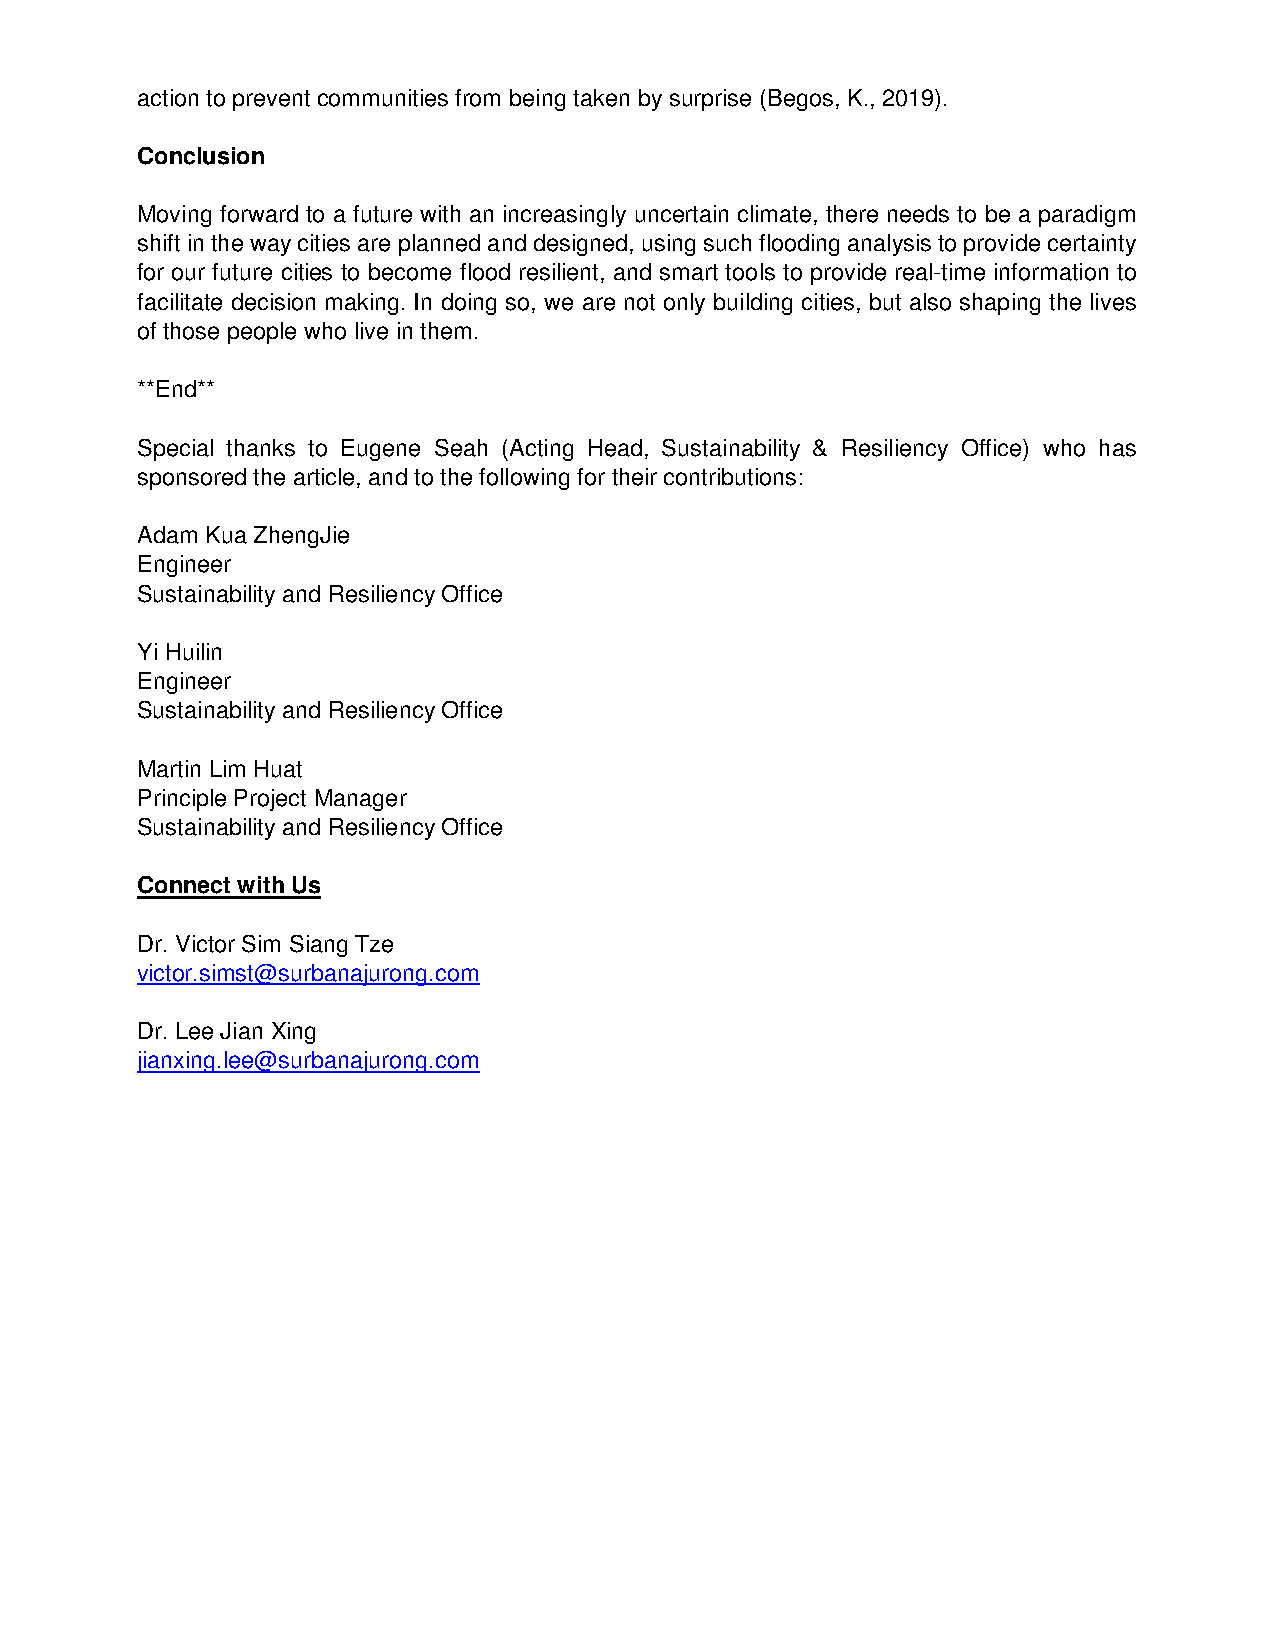
action to prevent communities from being taken by surprise (Begos, K., 2019).
 Conclusion
 Moving forward to a future with an increasingly uncertain climate, there needs to be a paradigm
 shift in the way cities are planned and designed, using such flooding analysis to provide certainty
 for our future cities to become flood resilient, and smart tools to provide real-time information to
 facilitate decision making. In doing so, we are not only building cities, but also shaping the lives
 of those people who live in them.
 **End**
 Special thanks to Eugene Seah (Acting Head, Sustainability & Resiliency Office) who has
 sponsored the article, and to the following for their contributions:
 Adam Kua ZhengJie
 Engineer
 Sustainability and Resiliency Office
 Yi Huilin
 Engineer
 Sustainability and Resiliency Office
 Martin Lim Huat
 Principle Project Manager
 Sustainability and Resiliency Office
 Connect with Us
 Dr. Victor Sim Siang Tze
 victor.simst@surbanajurong.com
 Dr. Lee Jian Xing
 jianxing.lee@surbanajurong.com